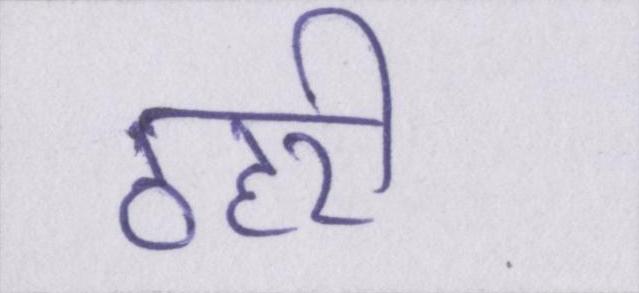
ठहरी